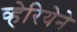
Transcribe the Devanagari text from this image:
व्हेरियेने